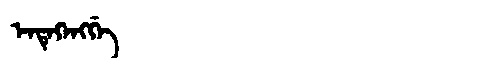
Manchu: ᡝᠨᡨᡝᡴᡝᠩᡤᡝ
Romanization: ENTEKENGGE